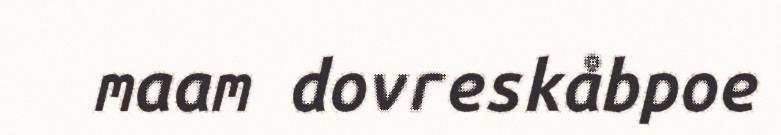
maam dovreskåbpoe